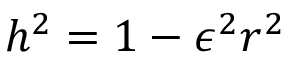
h ^ { 2 } = 1 - \epsilon ^ { 2 } r ^ { 2 }